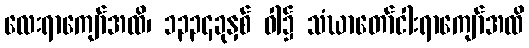
လေးရာကျော်အထိ၊ ၁၃၃၄ခုနှစ် ဝါ၌ သံဃာတော်ငါးရာကျော်အထိ